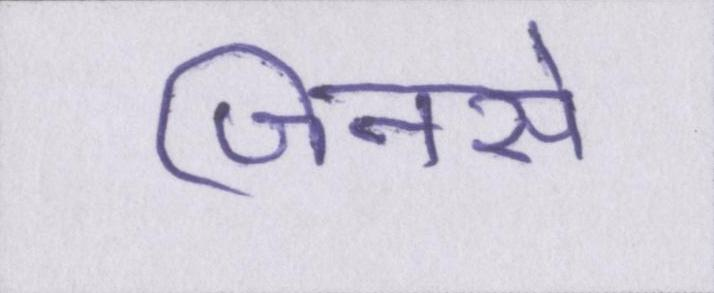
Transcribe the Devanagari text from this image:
जिनसे